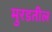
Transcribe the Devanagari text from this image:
मुरडतील